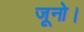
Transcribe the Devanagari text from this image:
जूनो।